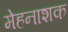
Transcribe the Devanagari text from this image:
मेहनाशक